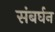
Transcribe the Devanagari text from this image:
संबर्घन